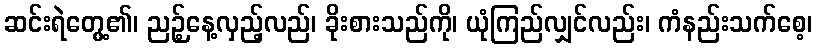
ဆင်းရဲတွေ့၏၊ ညဉ့်နေ့လှည့်လည်၊ ခိုးစားသည်ကို၊ ယုံကြည်လျှင်လည်း၊ ကံနည်းသက်စေ့၊